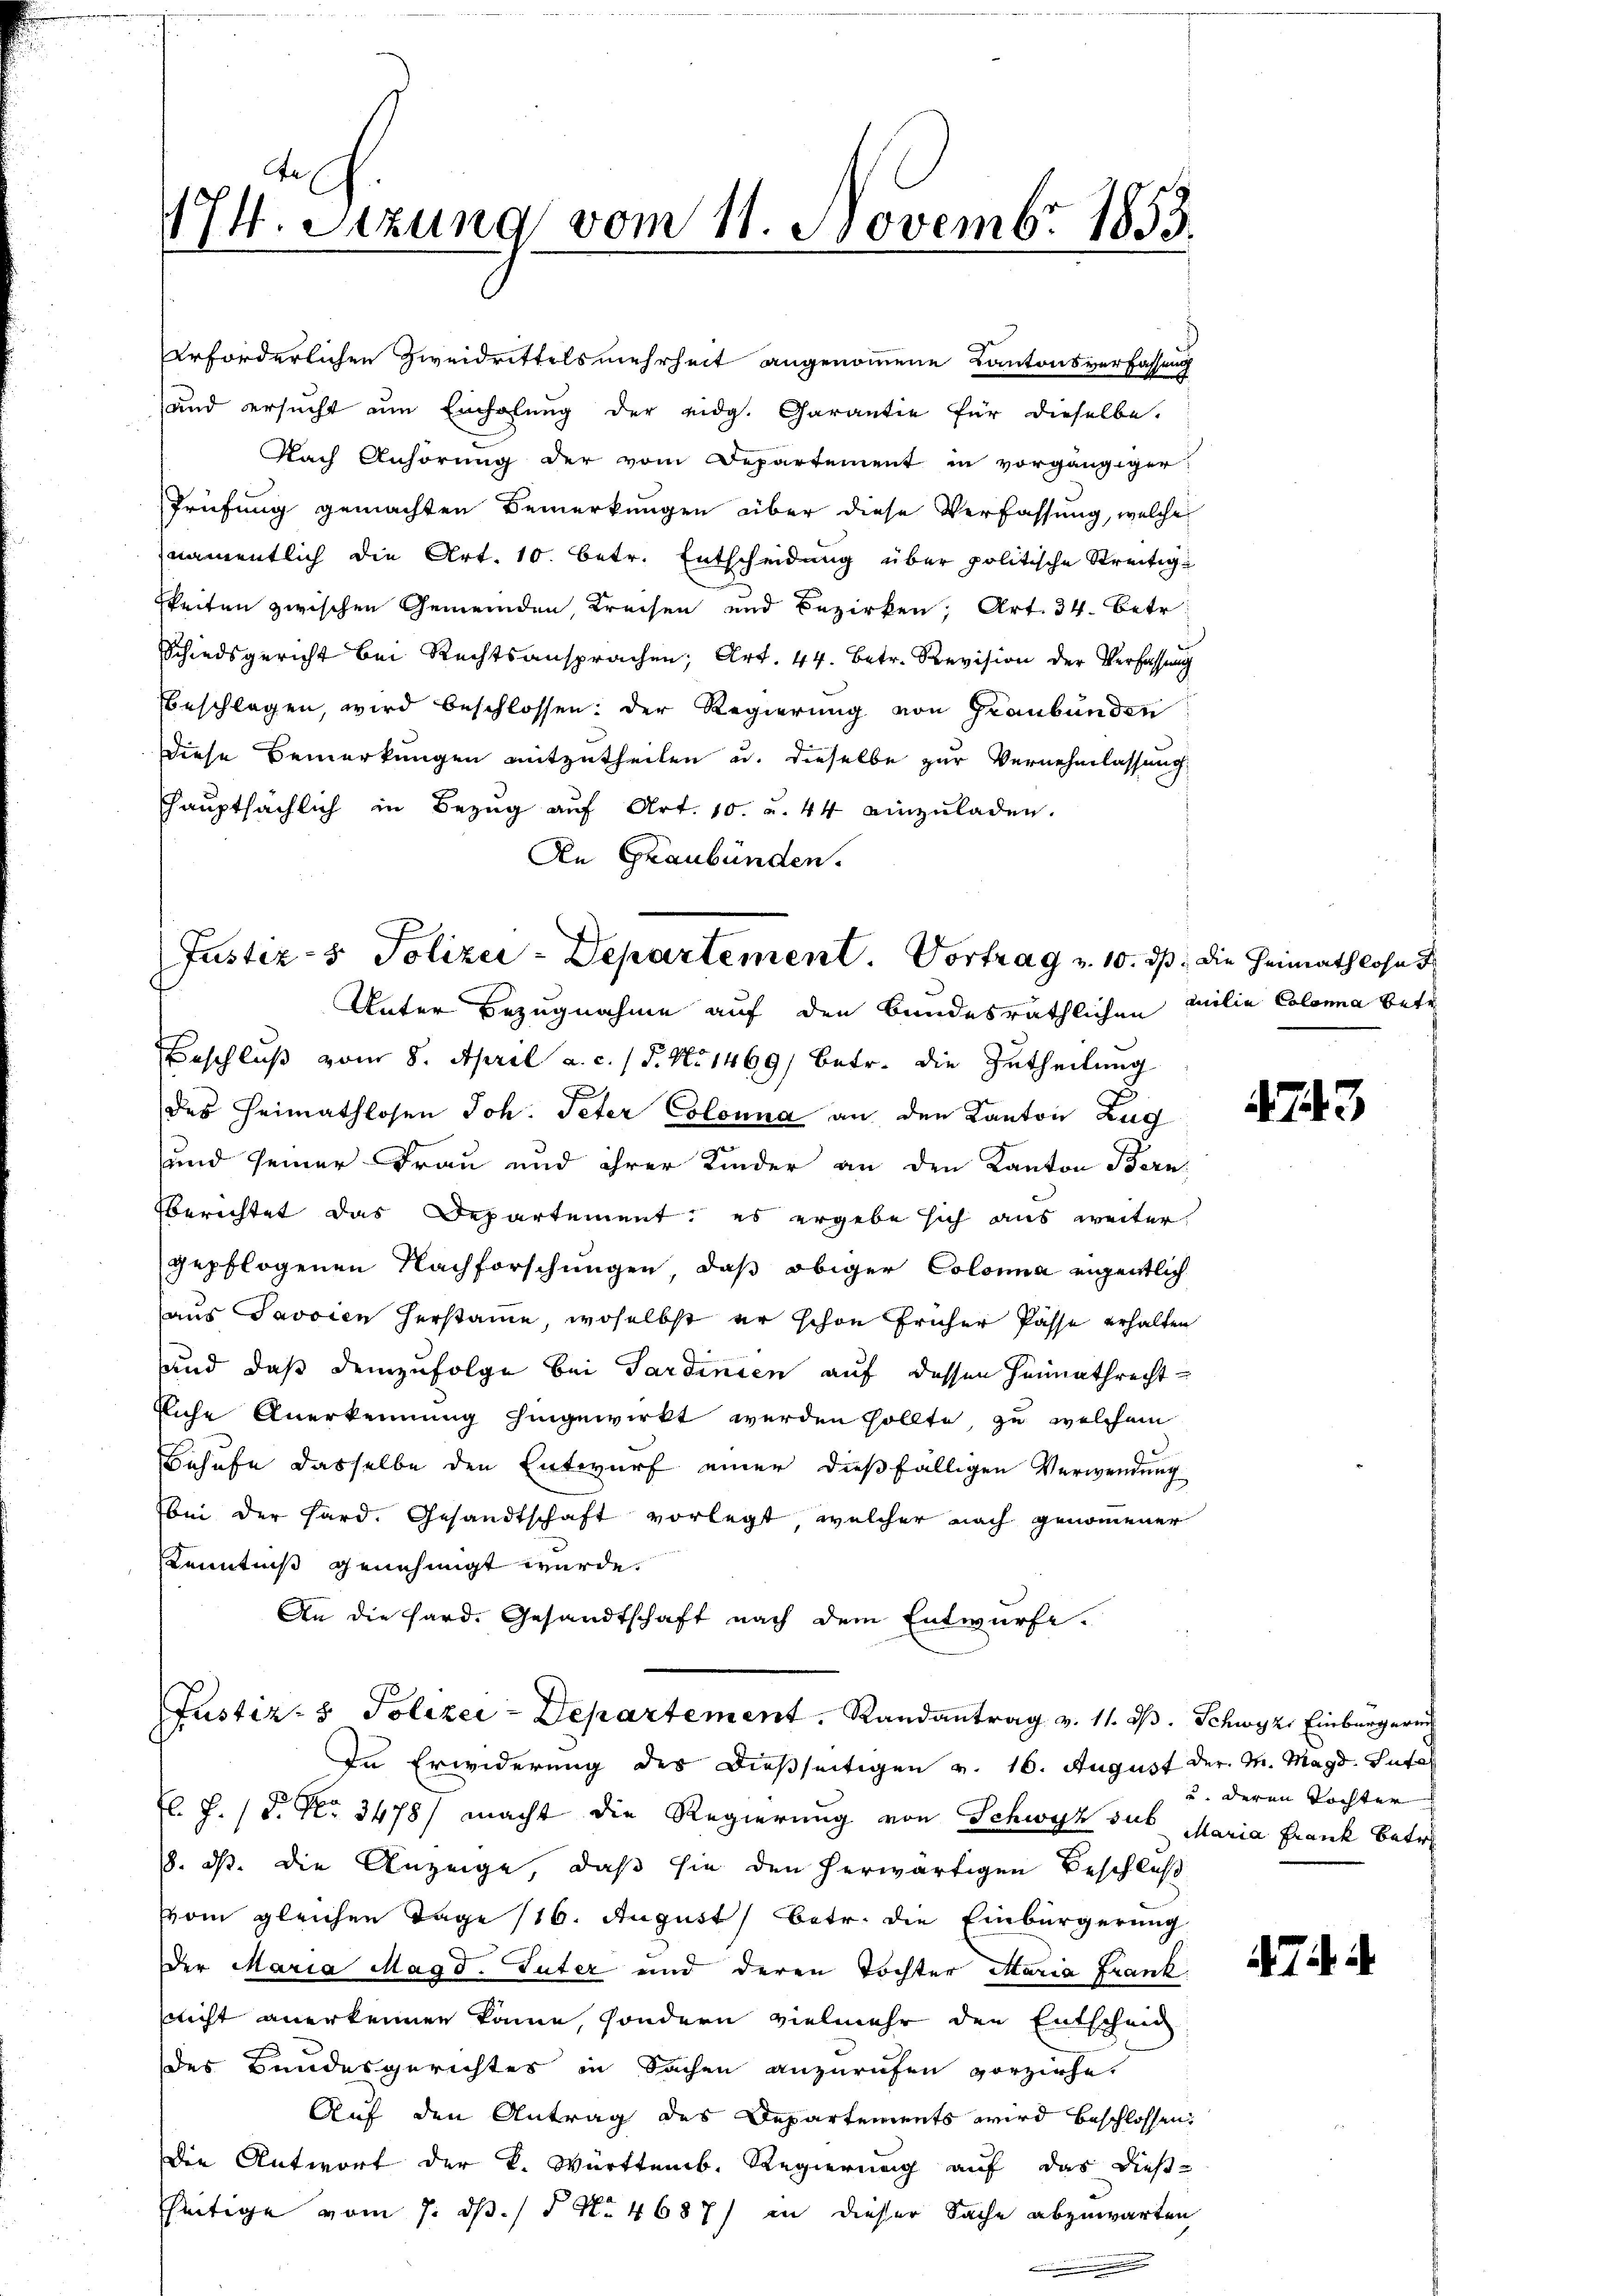
Diese Bemerkungen mitzutheilen u. dieselbe zur Vernehmlassung,
Hauptsächlich in Bezug auf Art. 10. u. 44 einzuladen.
An Graubünden.

174. Sitzung vom 11. Novembr 1853.
e

erforderlichen Zweidrittels mehrheit angenommene Kantonsverfassung
und ersucht um Einholung der eidg. Carantie für dieselbe.
Nach Anhörung der vom Departement in vorgängiger
Trüfung gemachten Bemerkungen über diese Verfassung, welche
namentlich die Art. 10. betr. Entscheidung über politische Streitiggkeiten zwischen Gemeinden, Kreisen und Bezirken, Art. 34. Betr
Schiedsgericht bei Rechtsansprachen; Art. 44. Betr. Revision der Verfassung
beschlagen, wird beschlossen: der Regierung von Graubünden

Justiz- & Polizei-Departement. Vortrag u. 10. ds. die Heimathlose

Unter Bezugnahme auf den Bundesräthlichen Milia Colona betr
Beschluß vom 8. April a. c. / 5. No 1469) betr. die Zutheilung
des Heimathlosen Joh. Peter Colonna an den Kanton Zug
und seiner Frau und ihrer Kinder an den Kanton Bern
berichtet das Departement: es ergebe sich aus weiter
gepflogenen Nachforschungen, daß obiger Colona eigentlich
aus Javaien Herstame, woselbst er schon früher Pässe erhalten
und daß demzufolge bei Sardinien auf dessen Heimathrecht
fliche Anerkennung hingewirkt werden sollte, zu welchem
Behufe dasselbe den Entwurf einer dießfälligen Verwendung
Bei der Hard. Gesandtschaft vorlegt, welcher nach genommener
Kenntniß genehmigt wurde.
An die Hard. Gesandtschaft nach dem Entwürfe.

Justiz- & Polizei-Departement. Randantrag v. 11. d. Schwyz. Einbürgerin

In Erwiderung des dießseitigen v. 16. August der M. Magd. Sufal
fl. J. P. Nr. 3478/ macht die Regierung von Schwyz sus Maria Frank betre
8. dß. die Anzeige, daß sie den herwärtigen Beschluß
vom gleichen Tage (16. August betr. die Einbürgerung
Der Maria Magd. Tuter und deren Tochter Maria Frank
slicht anerkennen könne, sondern vielmehr den Entscheid
des Bandesgerichtes in Sachen anzurufen vorziehe.
Auf den Antrag des Departements wird beschlossen,
Die Antwort der K. Württemb. Regierung auf das dießseitige vom 7. dß. / 5 No 4687) in dieser Sache abzuwarten,

4743

ud deren Tochter